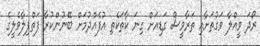
ރޯދަ ވީއްލާ ވަގުތަށާއި ތަރާވީސް ގަޑިއަށް ގިނަ ކާތަކެތި އުފެއްދުމަށް ބޭނުންކުރާ ފަތްޕިލާވެލީގެ